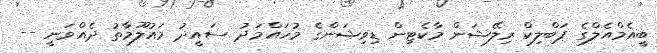
ބީއެމްއެލްގެ ޕަބްލިކް ރިލޭޝަން މާކެޓިން ޑިވިޝަންގެ މުހައްމަދު ސައީދު މައުލޫމާތު ދެއްވަނީ --